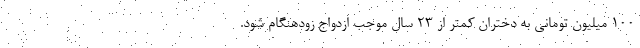
۱۰۰ میلیون تومانی به دختران کمتر از ۲۳ سال موجب ازدواج زودهنگام شود.